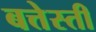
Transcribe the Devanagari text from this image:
बत्तेस्ती